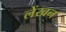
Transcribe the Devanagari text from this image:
लेंखन